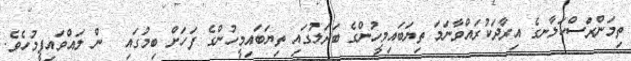
ތިމަންރަސްކަލާނގެ އިރާދަކުރައްވާނަމަ ތިޔަބައިމީހުންގެ ބަދަލުގައި ތިޔަބައިމީހުންގެ ފަހަށް ބިމުގައި  ން ލައްވައިފީމުހެވެ.